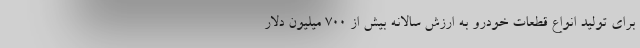
برای تولید انواع قطعات خودرو به ارزش سالانه بیش از ٧٠٠ میلیون دلار